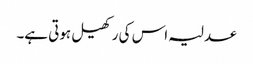
عدلیہ اس کی رکھیل ہوتی ہے۔